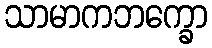
သာမာကဘက္ခော